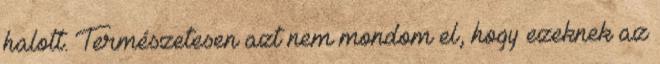
halott. Természetesen azt nem mondom el, hogy ezeknek az